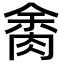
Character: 𦛝